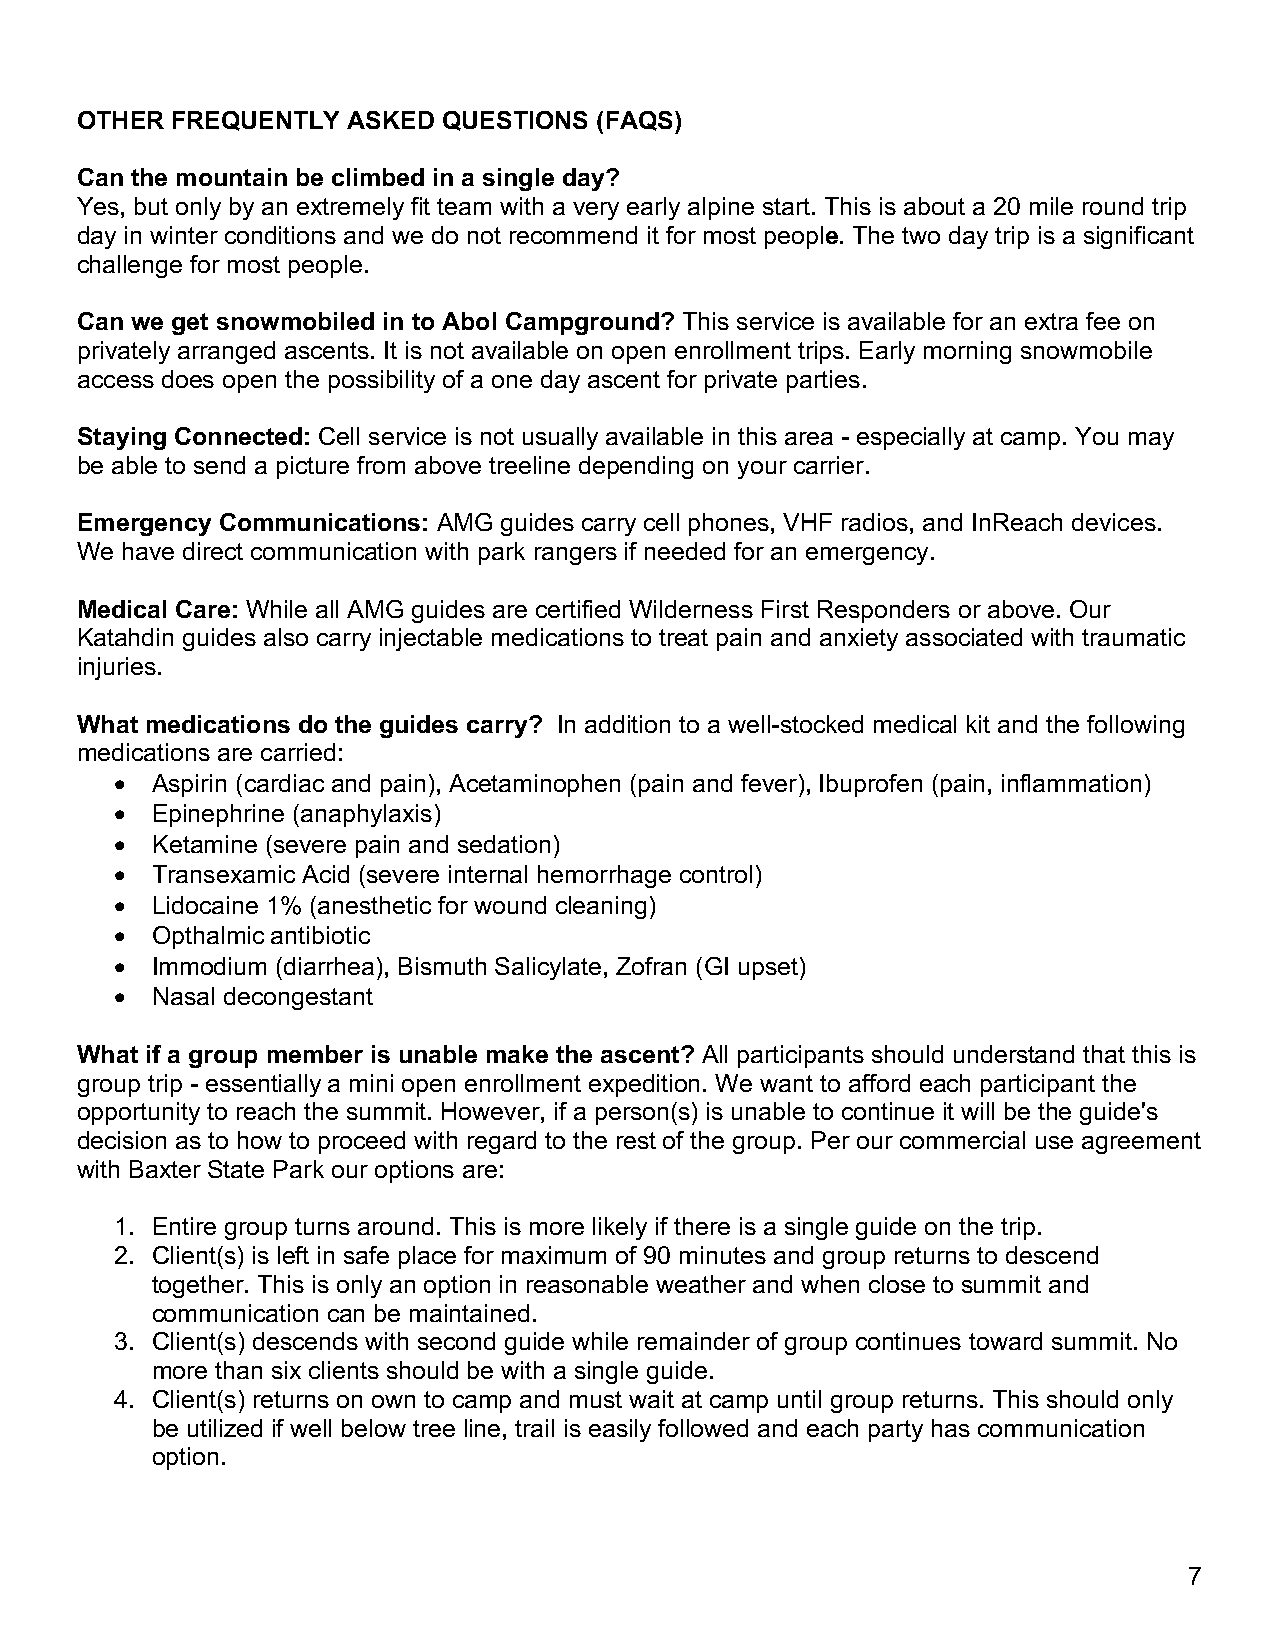
OTHER FREQUENTLY  ASKED QUESTIONS (FAQS)
 Can the mountain be climbed in a single day?
 Yes, but only by an extremely fit team with a very early alpine start. This is about a 20 mile round trip
 day in winter conditions and we do not recommend it for most people. The two day trip is a significant
 challenge for most people.
 Can we get snowmobiled in to Abol Campground? This service is available for an extra fee on
 privately arranged ascents. It is not available on open enrollment trips. Early morning snowmobile
 access does open the possibility of a one day ascent for private parties.
 Staying Connected: Cell service is not usually available in this area - especially at camp. You may
 be able to send a picture from above treeline depending on your carrier.
 Emergency Communications: AMG guides carry cell phones, VHF radios, and InReach devices.
 We have direct communication with park rangers if needed for an emergency.
 Medical Care: While all AMG guides are certified Wilderness First Responders or above. Our
 Katahdin guides also carry injectable medications to treat pain and anxiety associated with traumatic
 injuries.
 What medications do the guides carry? In addition to a well-stocked medical kit and the following
 medications are carried:
 • Aspirin (cardiac and pain), Acetaminophen (pain and fever), Ibuprofen (pain, inflammation)
 • Epinephrine (anaphylaxis)
 • Ketamine (severe pain and sedation)
 • Transexamic Acid (severe internal hemorrhage control)
 • Lidocaine 1% (anesthetic for wound cleaning)
 • Opthalmic antibiotic
 • Immodium (diarrhea), Bismuth Salicylate, Zofran (GI upset)
 • Nasal decongestant
 What if a group member is unable make the ascent? All participants should understand that this is
 group trip - essentially a mini open enrollment expedition. We want to afford each participant the
 opportunity to reach the summit. However, if a person(s) is unable to continue it will be the guide's
 decision as to how to proceed with regard to the rest of the group. Per our commercial use agreement
 with Baxter State Park our options are:
 1. Entire group turns around. This is more likely if there is a single guide on the trip.
 2. Client(s) is left in safe place for maximum of 90 minutes and group returns to descend
 together. This is only an option in reasonable weather and when close to summit and
 communication can be maintained.
 3. Client(s) descends with second guide while remainder of group continues toward summit. No
 more than six clients should be with a single guide.
 4. Client(s) returns on own to camp and must wait at camp until group returns. This should only
 be utilized if well below tree line, trail is easily followed and each party has communication
 option.
 7